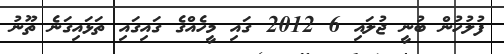
ފުލުހުން ބުނީ ޖުލައި 6 2012 ގައި މީހެއްގެ ގައިގައި ތަޅައިގަނެ ތޫނު